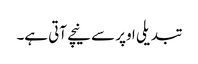
تبدیلی اوپر سے نیچے آتی ہے۔